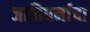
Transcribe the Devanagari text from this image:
जातिधर्माचा